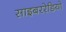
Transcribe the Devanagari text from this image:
साइबररेडियो